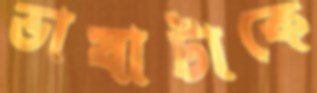
ভাষাটাকে